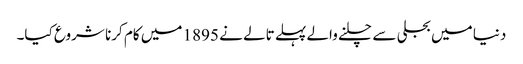
دنیا میں بجلی سے چلنے والے پہلے تالے نے 1895 میں کام کرنا شروع کیا۔